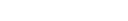
- .